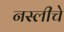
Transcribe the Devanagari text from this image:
नस्लीचे